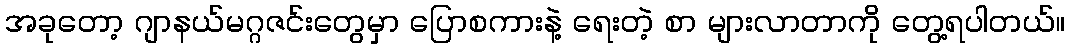
အခုတော့ ဂျာနယ်မဂ္ဂဇင်းတွေမှာ ပြောစကားနဲ့ ရေးတဲ့ စာ များလာတာကို တွေ့ရပါတယ်။